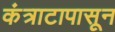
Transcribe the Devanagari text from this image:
कंत्राटापासून